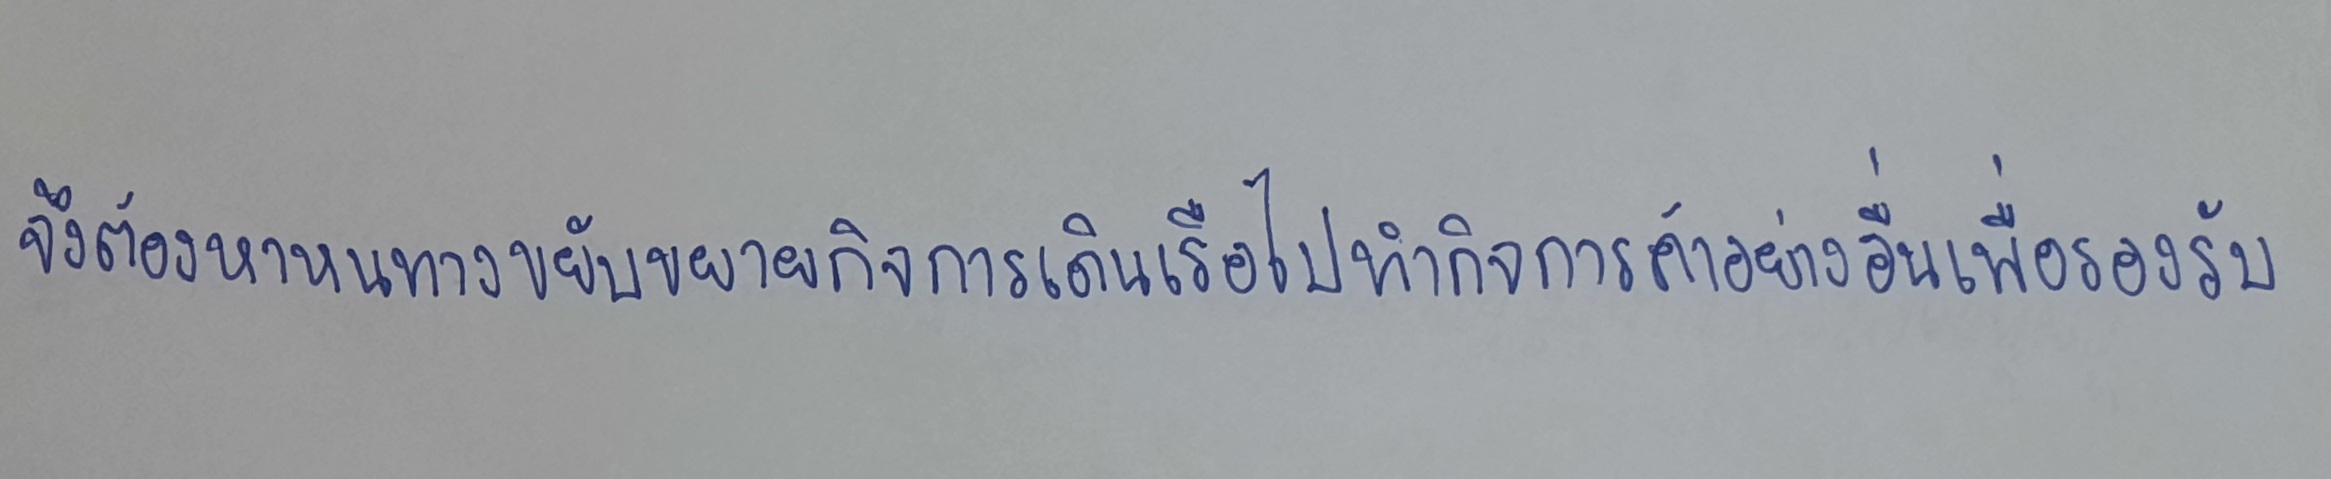
จึงต้องหาหนทางขยับขยายกิจการเดินเรือไปทำกิจการค้าอย่างอื่นเพื่อรองรับ